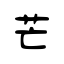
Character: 芒